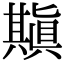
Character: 𠔶